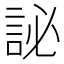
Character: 䛑